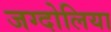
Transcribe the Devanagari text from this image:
जग्दोलिया